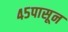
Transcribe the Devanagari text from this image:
४५पासून